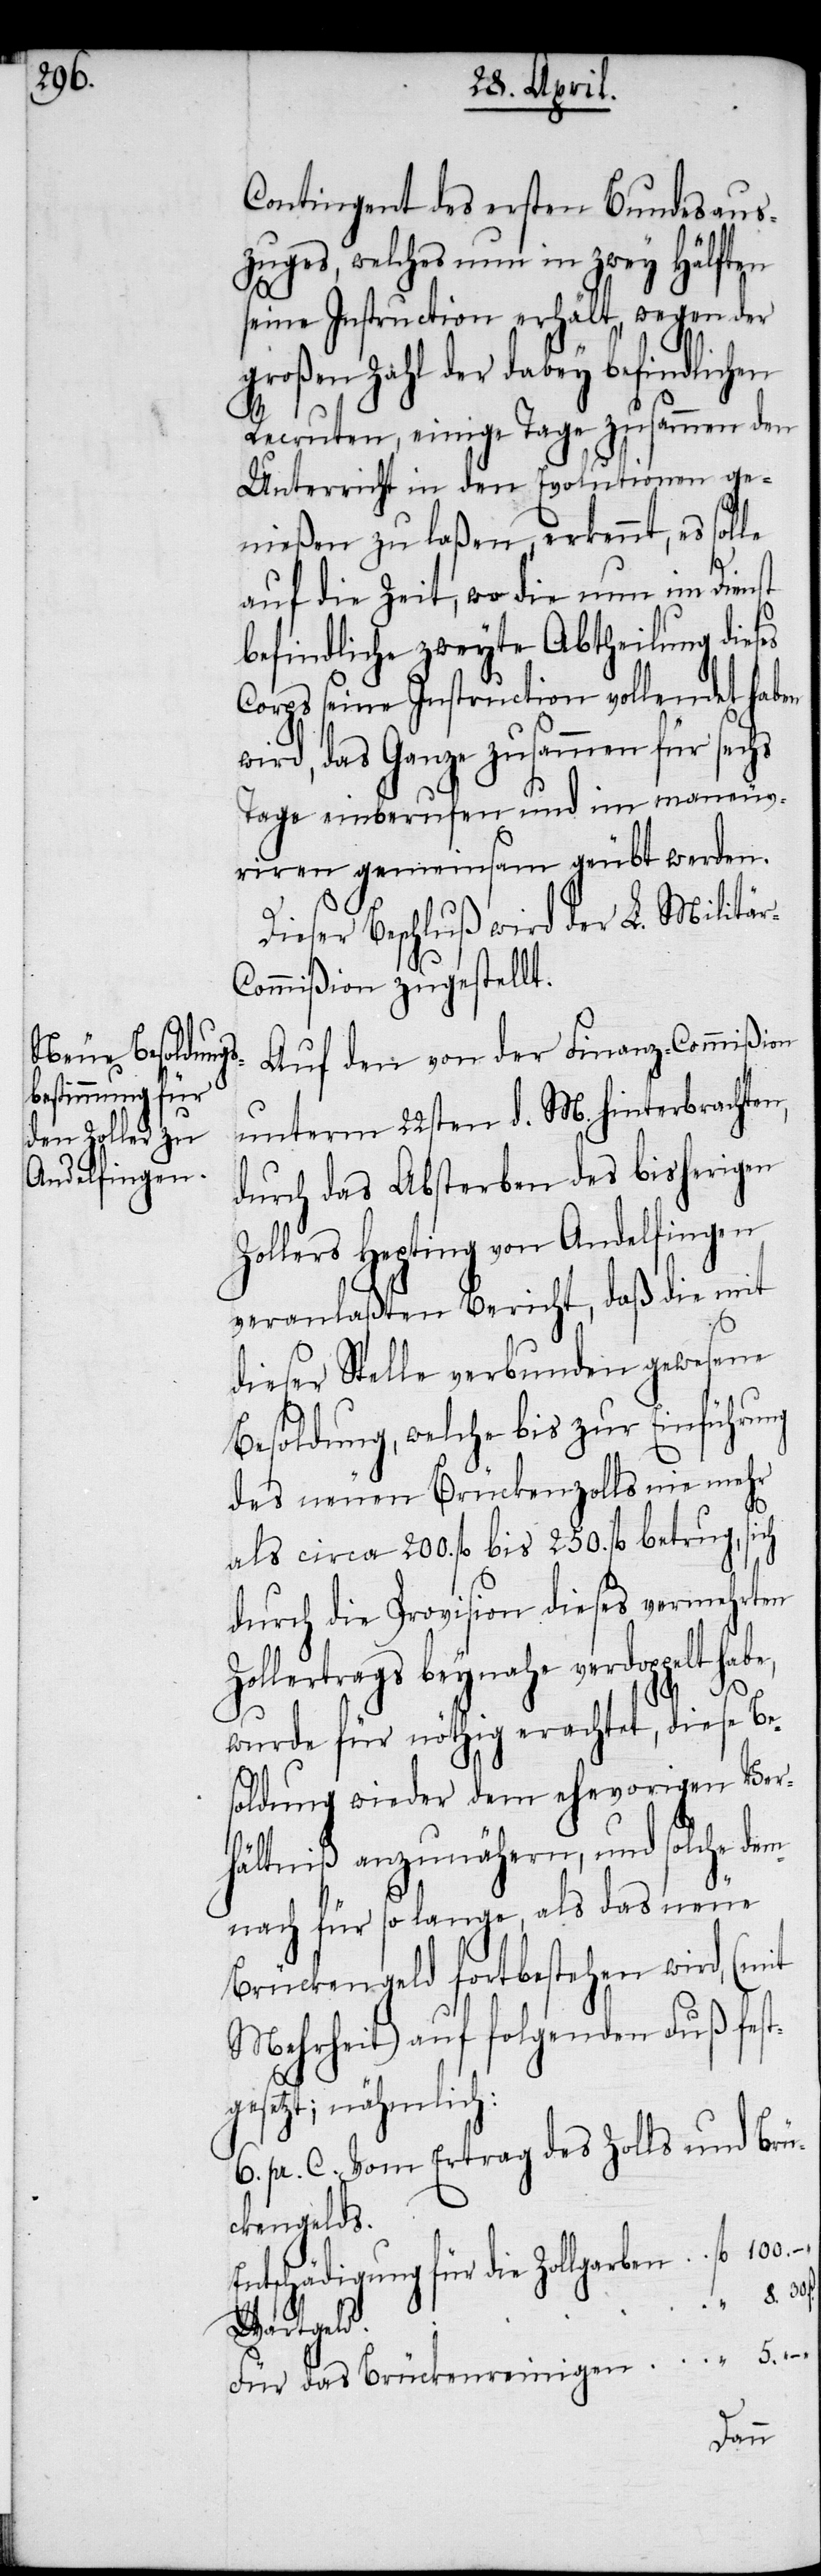
Contingent des ersten Bundesaus¬
zuges, welches nun in zwey Hälften
seine Instruction erhält, wegen der
großen Zahl der dabey befindlichen
Recruten, einige Tage zusammen den
Unterricht in den Evolutionen ge¬
nießen zu laßen, erkennt, es solle
auf die Zeit, wo die nun im Dienst
befindliche zweyte Abtheilung dies¬
Corps seine Instruction vollendet haben
wird, das Ganze zusammen für sechs
Tage einberufen und im maneuv¬
riren gemeinsam geübt werden.
Dieser Beschluß wird der L. Militä¬
ommißion zugestellt.
Auf den von der Finanz-Commißion
unterm 22sten d. M. hinterbrachten,
durch das Absterben des bisherigen
Zollers Hepting von Andelfingen
veranlaßten Bericht, daß die mit
5.
dieser Stelle verbunden gewesene
Besoldung, welche bis zur Einführung
des neuen Brückenzolls nie mehr
als circa 200. fl bis 250. fl betrug, sich
durch die Provision dieses vermehrten
Zollertrags beynahe verdoppelt ha¬
wurde für nöthig erachtet, diese Be¬
soldung wieder dem ehevorigen Ver¬
hältniß anzunähern, und solche dem¬
nach für so lange, als das neue
Brückengeld fortbestehen wird, (mit
Mehrheit) auf folgenden Fuß fest¬
gesetzt; nähmlich:
6. pr. C. Vom Ertrag des Zolls und Brü¬
ckengelds.
Entschädigung für die Zollgarben
„
Wartgeld
Für das Brückenreinigen